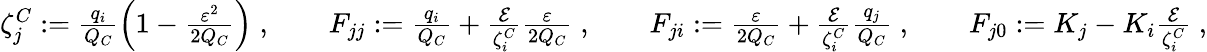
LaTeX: \begin{array}{r}{\zeta_{j}^{C}:=\frac{q_{i}}{Q_{C}}\left(1-\frac{\varepsilon^{2}}{2Q_{C}}\right)\; ,\quad\quad F_{jj}:=\frac{q_{i}}{Q_{C}}+\frac{\mathcal{E}}{\zeta_{i}^{C}}\frac{\varepsilon}{2Q_{C}}\; ,\quad\quad F_{ji}:=\frac{\varepsilon}{2Q_{C}}+\frac{\mathcal{E}}{\zeta_{i}^{C}}\frac{q_{j}}{Q_{C}}\; ,\quad\quad F_{j0}:=K_{j}-K_{i}\frac{\mathcal{E}}{\zeta_{i}^{C}}\; ,}\end{array}